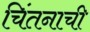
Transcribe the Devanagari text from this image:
चिंतनाची